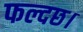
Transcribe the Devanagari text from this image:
फल्दछ।